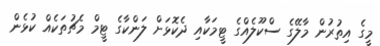
މީގެ އިތުރުން މާލޭގެ ސްކޫލެއްގެ ޓީމަކާއި ދެކޮޅަށް ލަންކާގެ ޓީމް މެޗުތަކެއް ކުޅެން